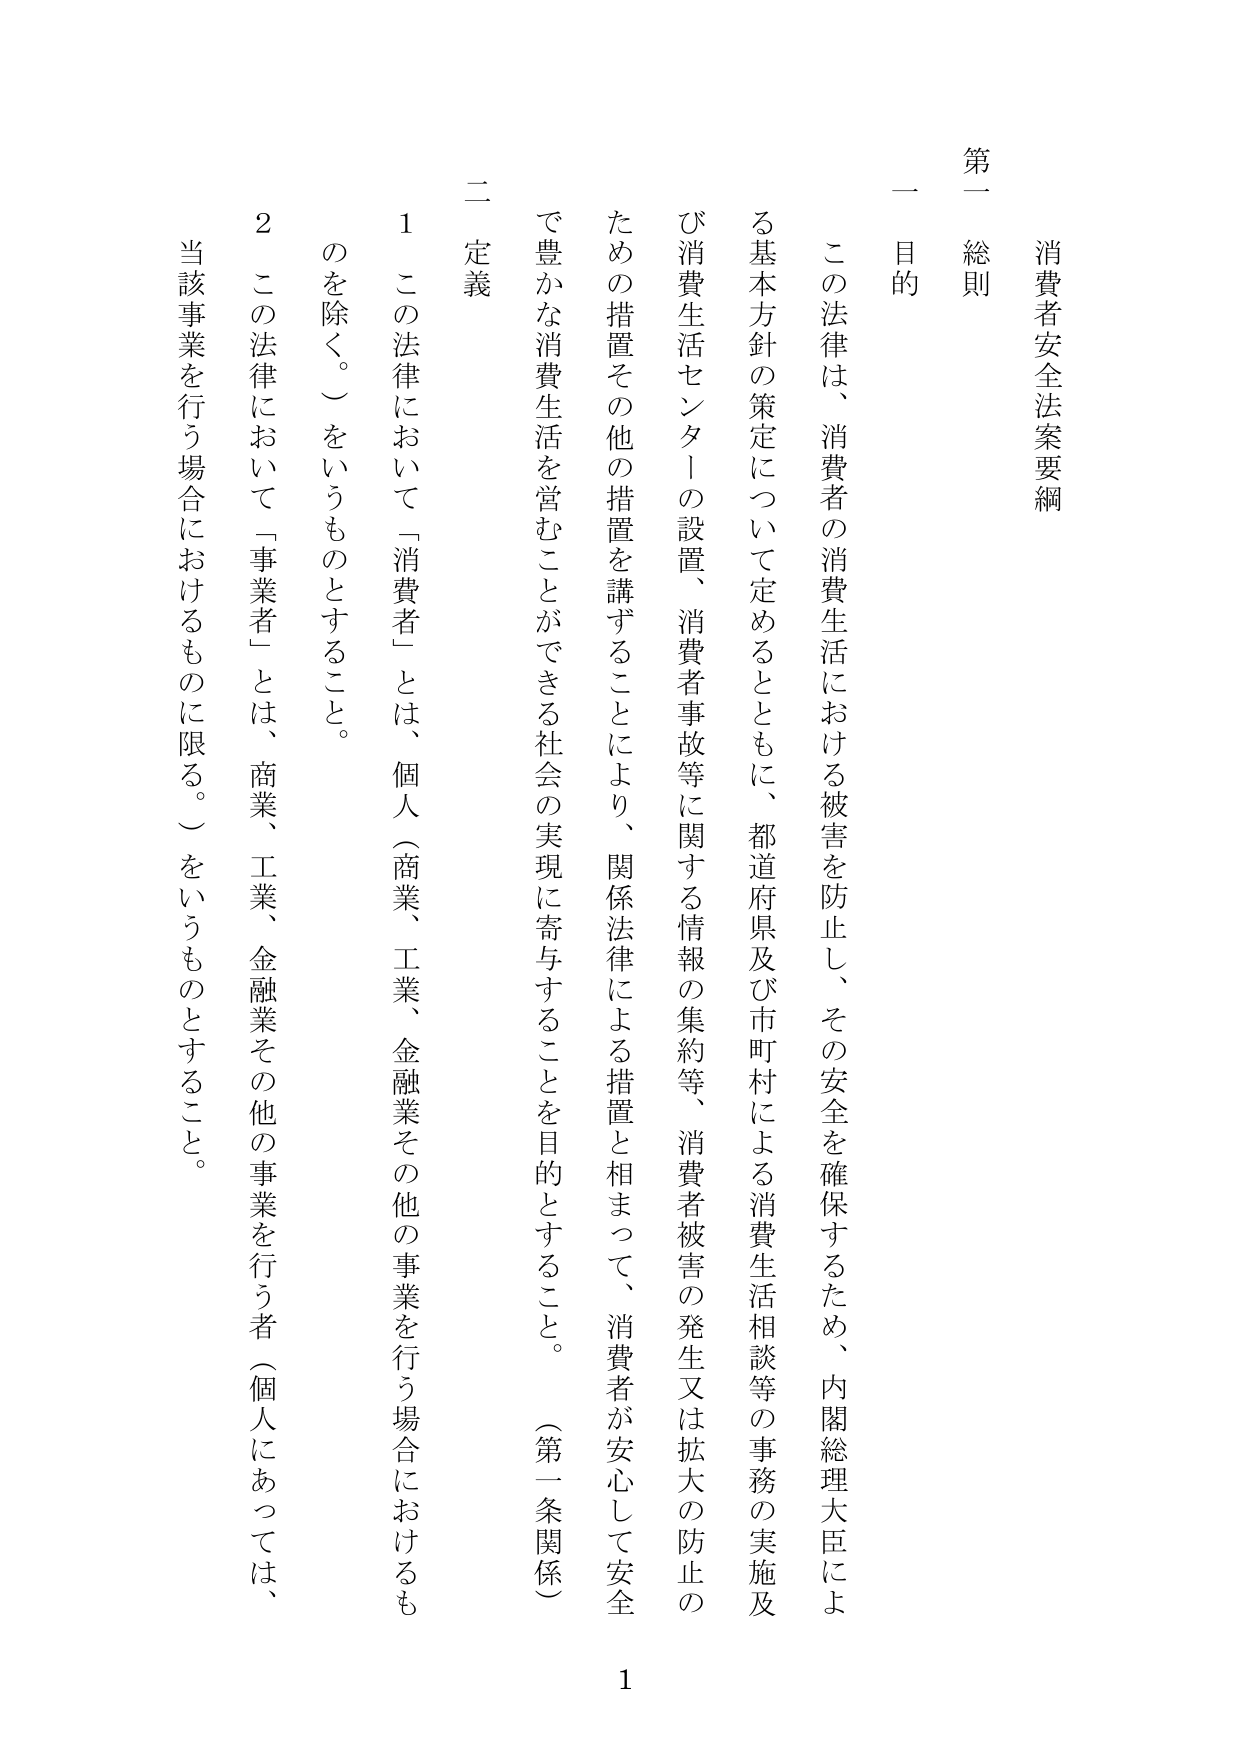
消費者安全法案要綱

第一 総則

一 目的

この法律は、消費者の消費生活における被害を防止し、その安全を確保するため、内閣総理大臣による基本方針の策定について定めるとともに、都道府県及び市町村による消費生活相談等の事務の実施及び消費生活センターの設置、消費者事故等に関する情報の集約等、消費者被害の発生又は拡大の防止のための措置その他の措置を講ずることにより、関係法律による措置と相まって、消費者が安心して安全で豊かな消費生活を営むことができる社会の実現に寄与することを目的とすること。（第一条関係）

二 定義

1 この法律において「消費者」とは、個人（商業、工業、金融業その他の事業を行う場合におけるものを除く。）をいうものとすること。

2 この法律において「事業者」とは、商業、工業、金融業その他の事業を行う者（個人にあっては、当該事業を行う場合におけるものに限る。）をいうものとすること。

1